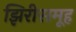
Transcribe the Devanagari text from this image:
झिरीसमूह